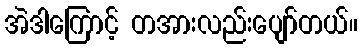
အဲဒါကြောင့် တအားလည်းပျော်တယ်။